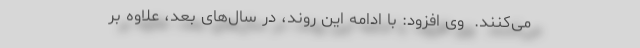
می‌كنند. ‌ وی افزود: با ادامه این روند، در سال‌های بعد، علاوه بر